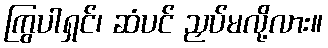
ကြွပါရှင်၊ ဆံပင် ညှပ်မလို့လား။